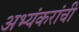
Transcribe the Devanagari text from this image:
अभ्यंकरांची